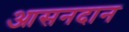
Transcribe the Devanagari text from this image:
आसनदान